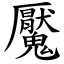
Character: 魘